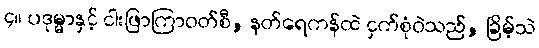
၄။ ပဒုမ္မာနှင့် ငါးဖြာကြာဝတ်စီ, နတ်ရေကန်ထဲ ငှက်စုံဝဲသည်, ခြိမ့်သဲ